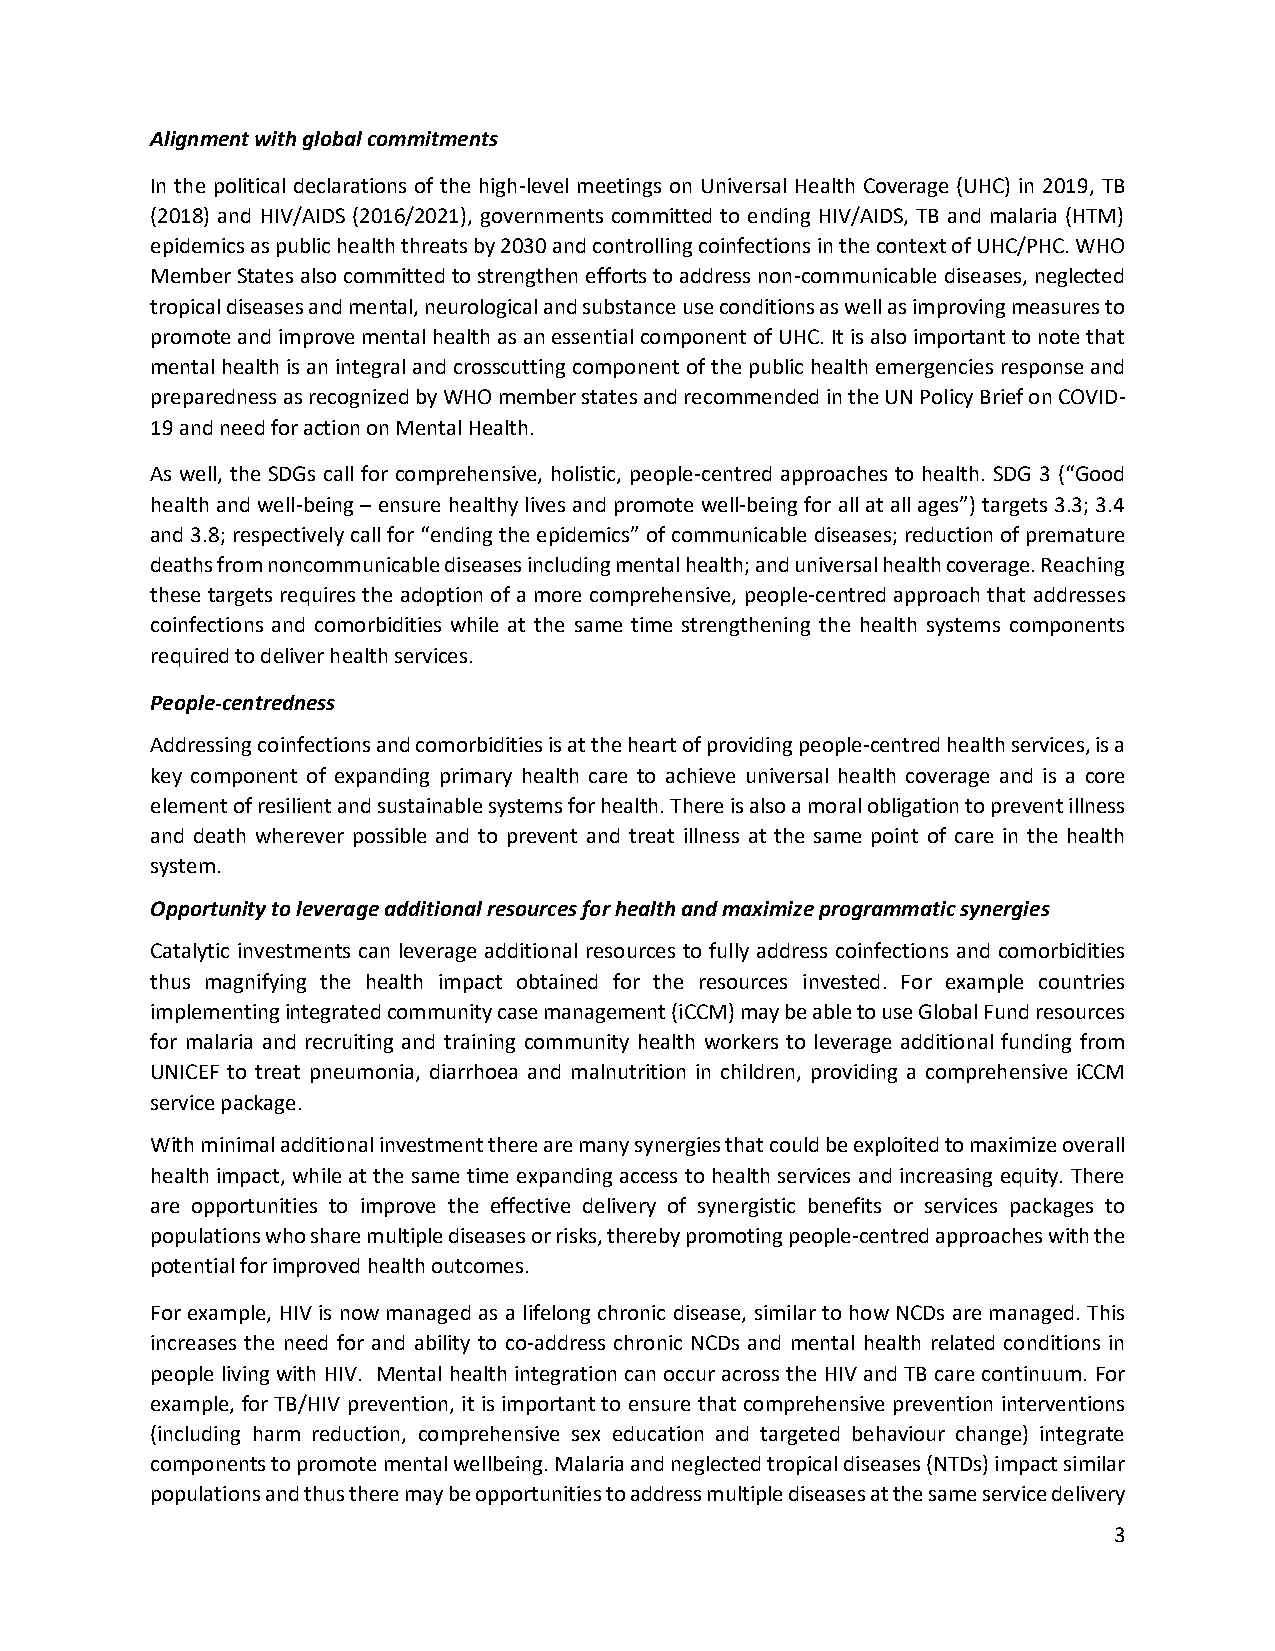
Alignment with global commitments
 In the political declarations of the high-level meetings on Universal Health Coverage (UHC) in 2019, TB
 (2018) and HIV/AIDS (2016/2021), governments committed to ending HIV/AIDS, TB and malaria (HTM)
 epidemics as public health threats by 2030 and controlling coinfections in the context of UHC/PHC. WHO
 Member States also committed to strengthen efforts to address non-communicable diseases, neglected
 tropical diseases and mental, neurological and substance use conditions as well as improving measures to
 promote and improve mental health as an essential component of UHC. It is also important to note that
 mental health is an integral and crosscutting component of the public health emergencies response and
 preparedness as recognized by WHO member states and recommended in the UN Policy Brief on COVID-
 19 and need for action on Mental Health.
 As well, the SDGs call for comprehensive, holistic, people-centred approaches to health. SDG 3 (“Good
 health and well-being – ensure healthy lives and promote well-being for all at all ages”) targets 3.3; 3.4
 and 3.8; respectively call for “ending the epidemics” of communicable diseases; reduction of premature
 deaths from noncommunicable diseases including mental health; and universal health coverage. Reaching
 these targets requires the adoption of a more comprehensive, people-centred approach that addresses
 coinfections and comorbidities while at the same time strengthening the health systems components
 required to deliver health services.
 People-centredness
 Addressing coinfections and comorbidities is at the heart of providing people-centred health services, is a
 key component of expanding primary health care to achieve universal health coverage and is a core
 element of resilient and sustainable systems for health. There is also a moral obligation to prevent illness
 and death wherever possible and to prevent and treat illness at the same point of care in the health
 system.
 Opportunity to leverage additional resources for health and maximize programmatic synergies
 Catalytic investments can leverage additional resources to fully address coinfections and comorbidities
 thus magnifying the health impact obtained for the resources invested. For example countries
 implementing integrated community case management (iCCM) may be able to use Global Fund resources
 for malaria and recruiting and training community health workers to leverage additional funding from
 UNICEF to treat pneumonia, diarrhoea and malnutrition in children, providing a comprehensive iCCM
 service package.
 With minimal additional investment there are many synergies that could be exploited to maximize overall
 health impact, while at the same time expanding access to health services and increasing equity. There
 are opportunities to improve the effective delivery of synergistic benefits or services packages to
 populations who share multiple diseases or risks, thereby promoting people-centred approaches with the
 potential for improved health outcomes.
 For example, HIV is now managed as a lifelong chronic disease, similar to how NCDs are managed. This
 increases the need for and ability to co-address chronic NCDs and mental health related conditions in
 people living with HIV. Mental health integration can occur across the HIV and TB care continuum. For
 example, for TB/HIV prevention, it is important to ensure that comprehensive prevention interventions
 (including harm reduction, comprehensive sex education and targeted behaviour change) integrate
 components to promote mental wellbeing. Malaria and neglected tropical diseases (NTDs) impact similar
 populations and thus there may be opportunities to address multiple diseases at the same service delivery
 3